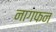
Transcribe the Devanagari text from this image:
नागफन